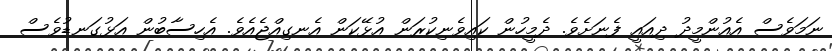
ނަަމަވެސް އެއުންމީދު ދިއައީ ފެނަށެވެ. ދެމީހުން ކައިވެނިކުރަން އުޅޭކަން އެނގިއްޖެއެވެ. އެހިސާބުން އަޅުގަނޑުވެސް